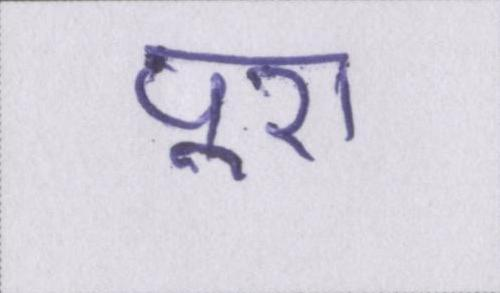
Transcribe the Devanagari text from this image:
पूरा